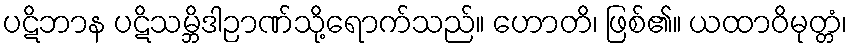
ပဋိဘာန ပဋိသမ္ဘိဒါဉာဏ်သို့ရောက်သည်။ ဟောတိ၊ ဖြစ်၏။ ယထာဝိမုတ္တံ၊